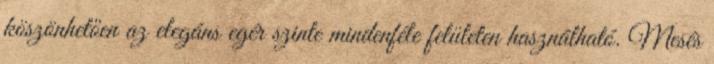
köszönhetően az elegáns egér szinte mindenféle felületen használható. Mesés